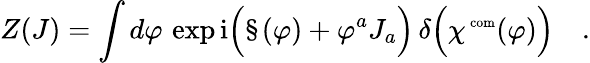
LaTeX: Z(J)=\int d\varphi\, \exp\mathrm{i}\Bigl(\S(\varphi)+\varphi^{a}J_{a}\Bigr)\, \delta\Bigl(\chi^{\mathrm{\scriptsize~com}}(\varphi)\Bigr)\quad.